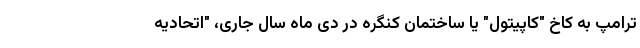
ترامپ به کاخ "کاپیتول" یا ساختمان کنگره در دی ماه سال جاری، "اتحادیه